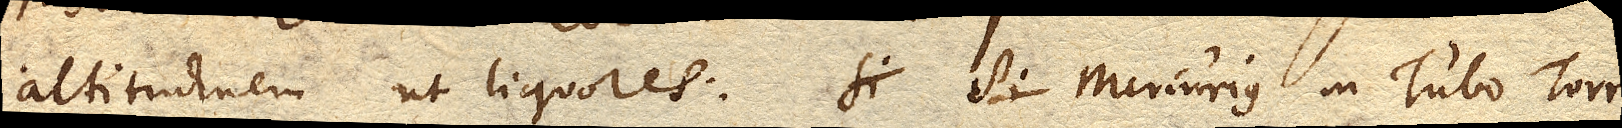
altitudinem ut liquores. Si Mercurius in Tubo Torri–